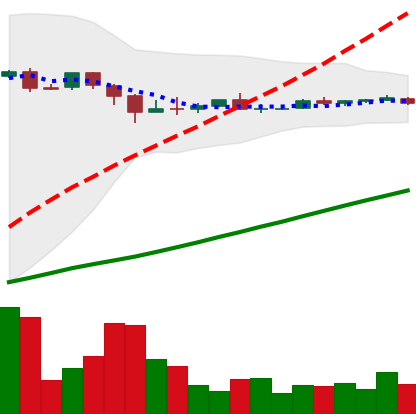
Ticker: DOGE-USD
Chart end date: 2018-10-02
Forward return: -4.499%
Label: down_3_5